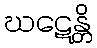
ဃဋေန္တိ